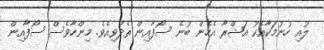
ލުއި ހުނުމަކާއެކު އަޝްރާ އެހެން ބުނެ ސޯފާއިން ތެދުވިއެވެ. މިންހާވެސް ސޯފާއިން